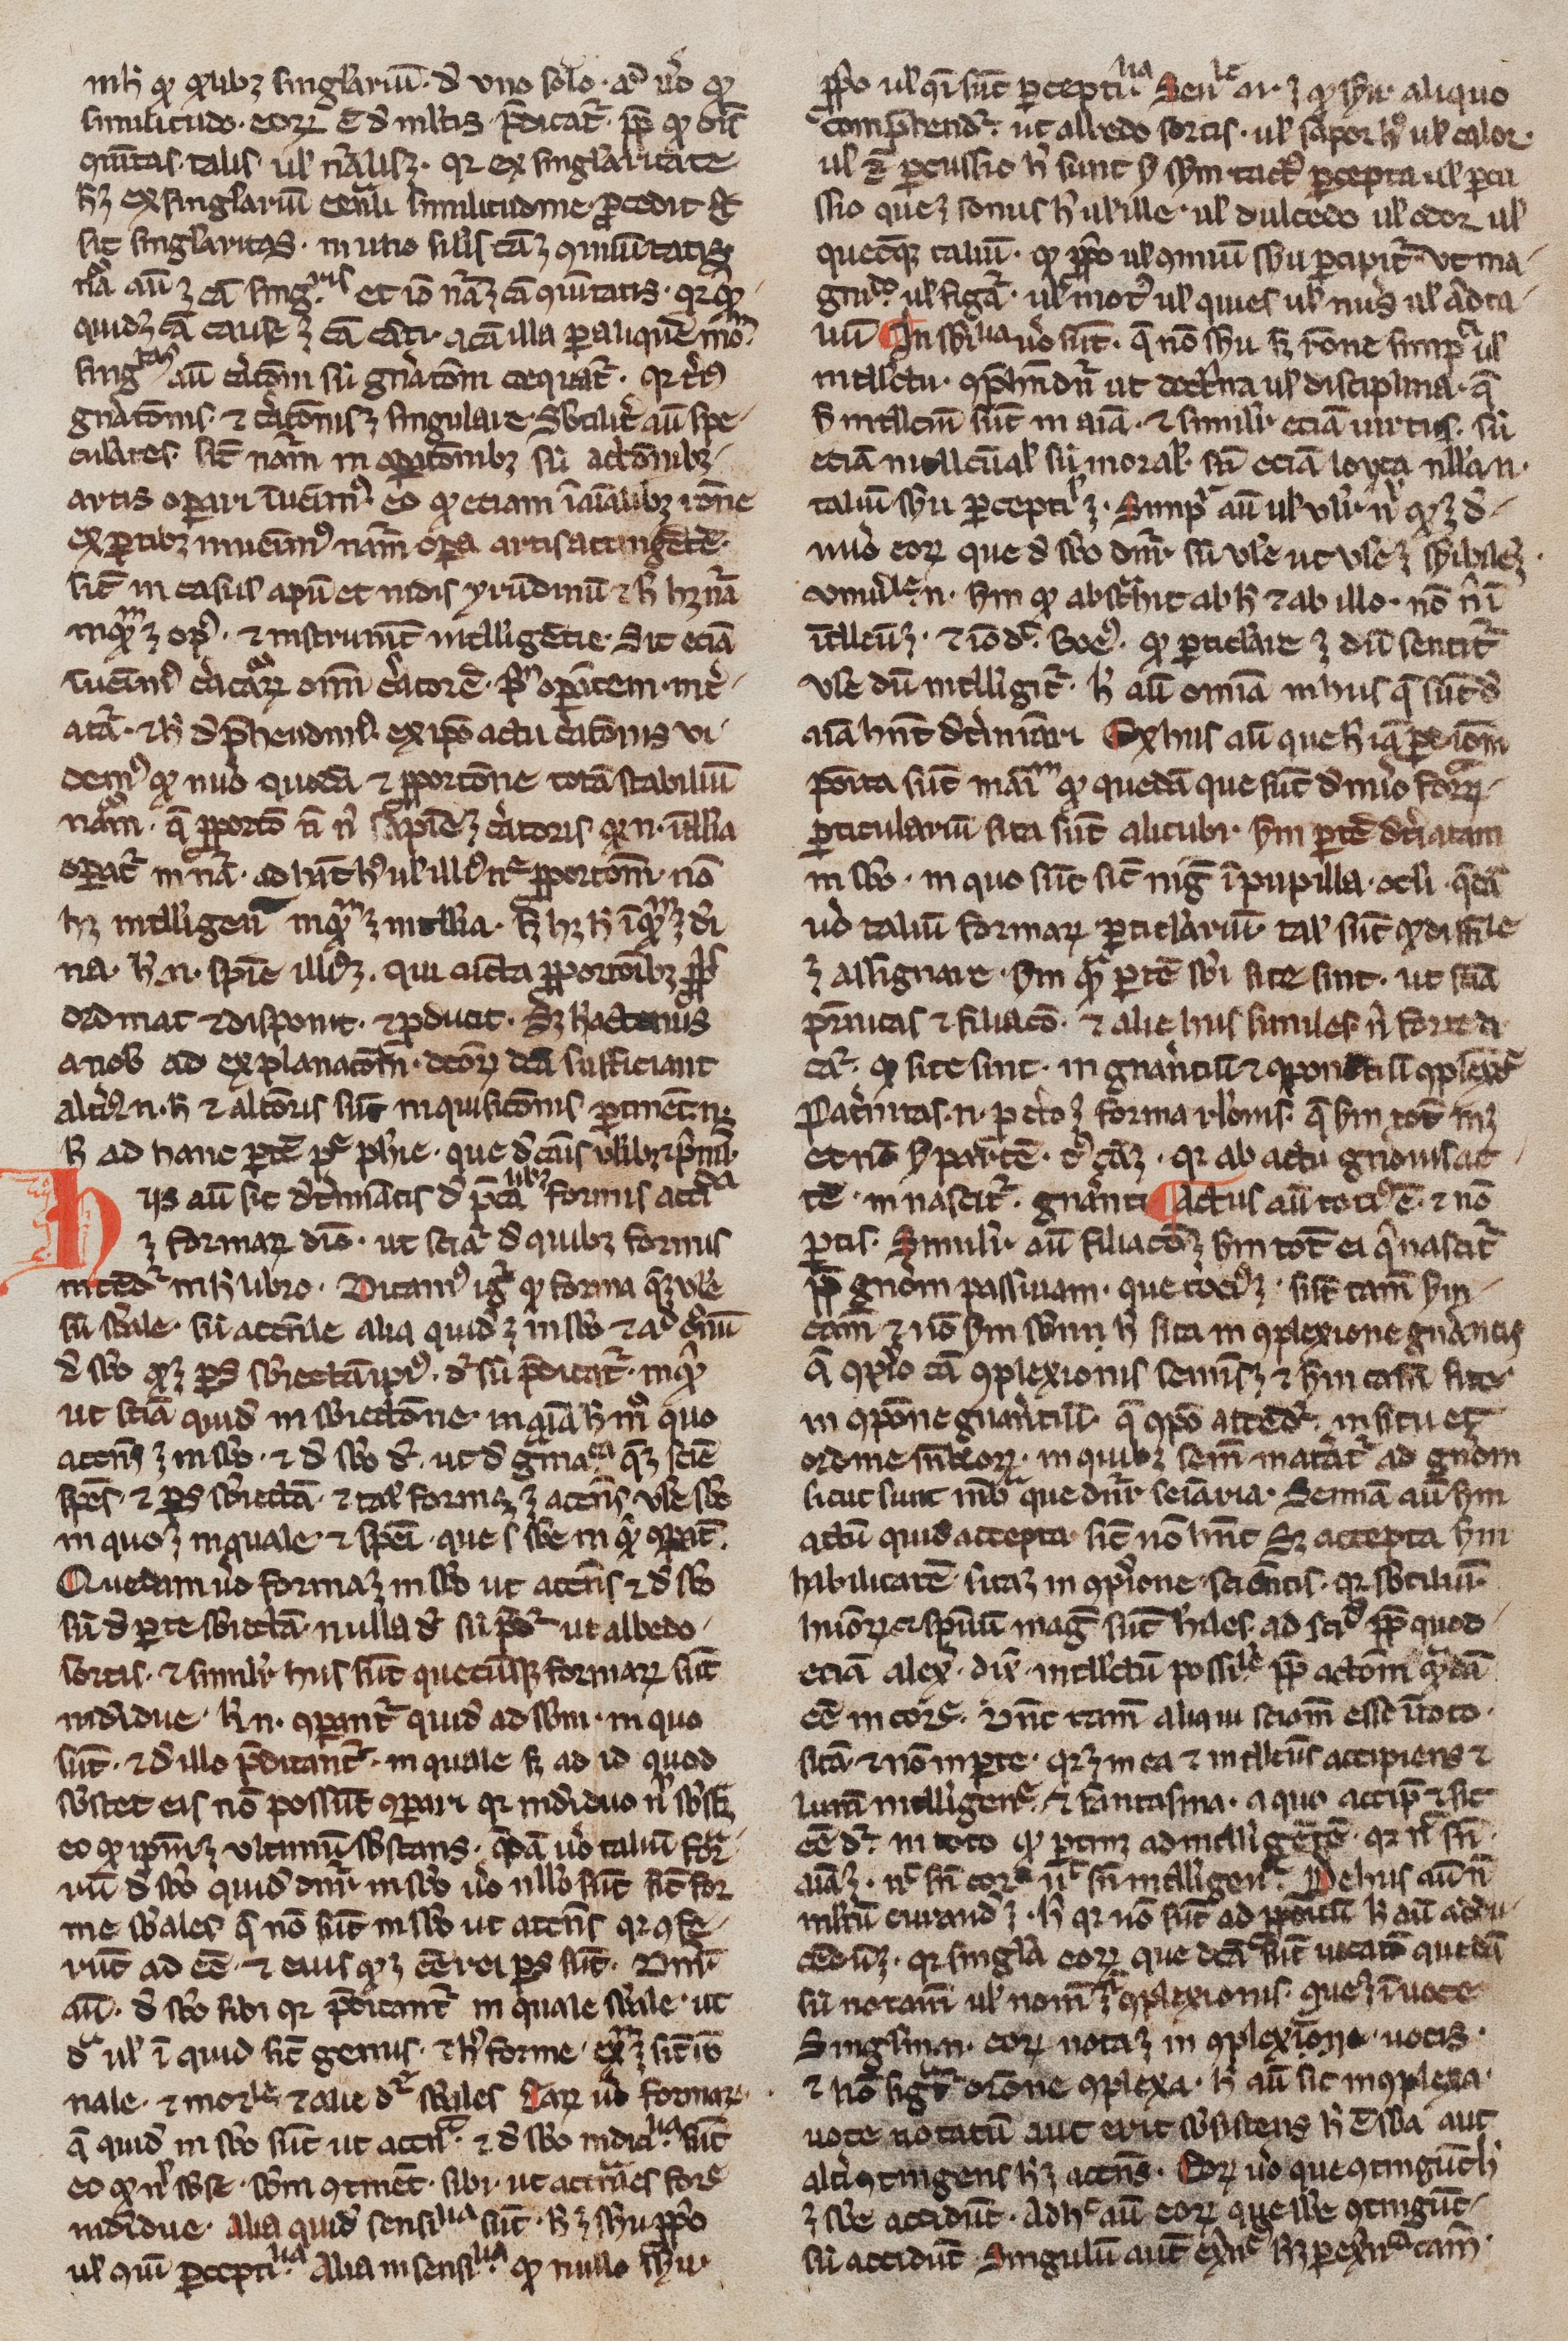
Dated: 1200–1399